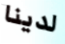
لدينا